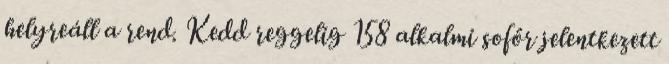
helyreáll a rend. Kedd reggelig 158 alkalmi sofőr jelentkezett